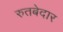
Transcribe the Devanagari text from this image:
रुतबेदार